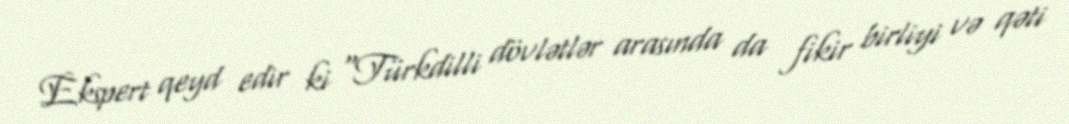
Ekspert qeyd edir ki “Türkdilli dövlətlər arasında da fikir birliyi və qəti